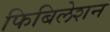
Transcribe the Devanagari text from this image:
फिबिलेशन